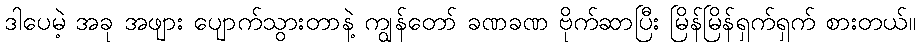
ဒါပေမဲ့ အခု အဖျား ပျောက်သွားတာနဲ့ ကျွန်တော် ခဏခဏ ဗိုက်ဆာပြီး မြိန်မြိန်ရှက်ရှက် စားတယ်။